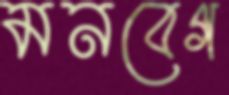
মনবেগ